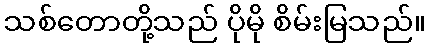
သစ်တောတို့သည် ပိုမို စိမ်းမြသည်။